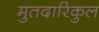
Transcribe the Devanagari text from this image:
मुतदारिकुल